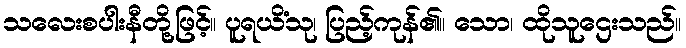
သလေးစပါးနီတို့ဖြင့်။ ပူရယိံသု၊ ပြည့်ကုန်၏။ သော၊ ထိုသူဌေးသည်။